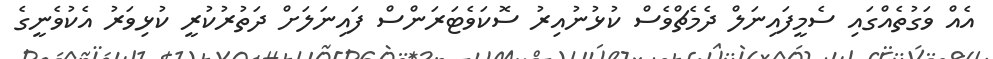
އެއް ވަގުތެއްގައި ސެމީފައިނަލް ދެމެޗްވެސް ކުޅުނުއިރު ސޮކަވެޓަރަންސް ފައިނަލަށް ދަތުރުކުރީ ކުޅިވަރު އެކުވެނީގެ